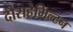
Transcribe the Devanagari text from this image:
दौराहेमिल्टन